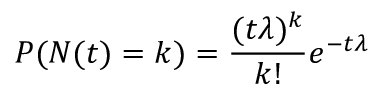
P ( N ( t ) = k ) = { \frac { ( t \lambda ) ^ { k } } { k ! } } e ^ { - t \lambda }